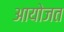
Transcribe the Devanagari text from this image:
आयोजत